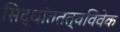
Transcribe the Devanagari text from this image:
सिद्धांततत्वविवेक